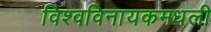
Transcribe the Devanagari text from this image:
विश्वविनायकमधली